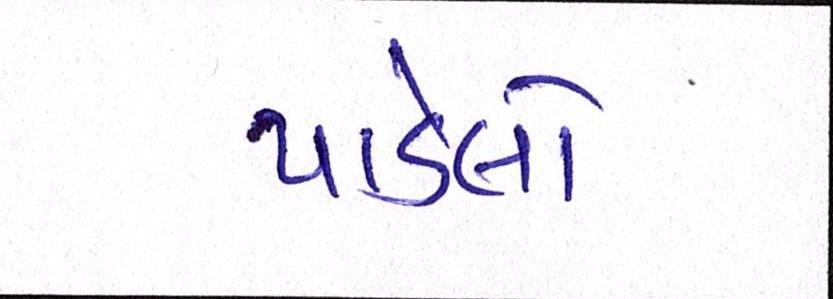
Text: પાડેલો